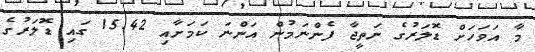
މާ އަވަހަށް ޑޮލަރުގެ ނަތީޖާ ފެންނަމުން އަންނަ ކަމަށާއި 15.42 ގައި ޑޮލަރުގެ